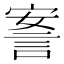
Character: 𰴴